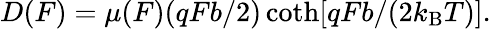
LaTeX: \begin{array}{r}{D(F)=\mu(F)(qFb/2)\coth[qFb/(2k_{\mathrm{B}}T)].}\end{array}